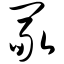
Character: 冢